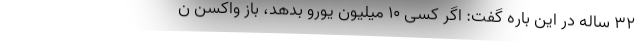
32 ساله در این باره گفت: اگر کسی 10 میلیون یورو بدهد، باز واکسن ن